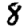
Digit: 8